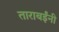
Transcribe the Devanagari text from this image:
ताराबईंनी